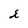
Character: u